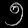
Digit: ၅